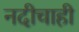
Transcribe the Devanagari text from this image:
नदीचाही